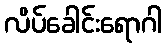
လိပ်ခေါင်းရောဂါ